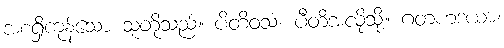
အစရှိကုန်သော သူတို့သည်။ ပိတိဝသံ၊ ပီတိအလိုသို့။ ဂတဟဒယာ၊